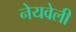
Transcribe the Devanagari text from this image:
नेयवेली